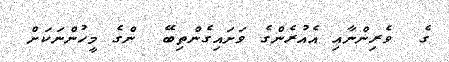
ގެ  ވެރިންނާއި އެއުރެންގެ ވަށައިގެންތިބޭ  ންގެ މީހުންނަކަށް